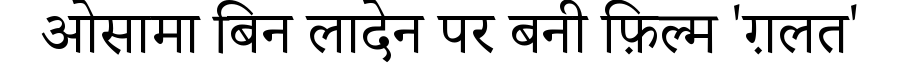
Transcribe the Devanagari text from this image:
ओसामा बिन लादेन पर बनी फ़िल्म 'ग़लत'